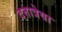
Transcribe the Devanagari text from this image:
दत्तात्रेया